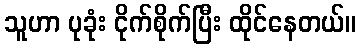
သူဟာ ပုခုံး ငိုက်စိုက်ပြီး ထိုင်နေတယ်။